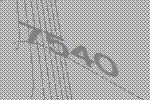
7540